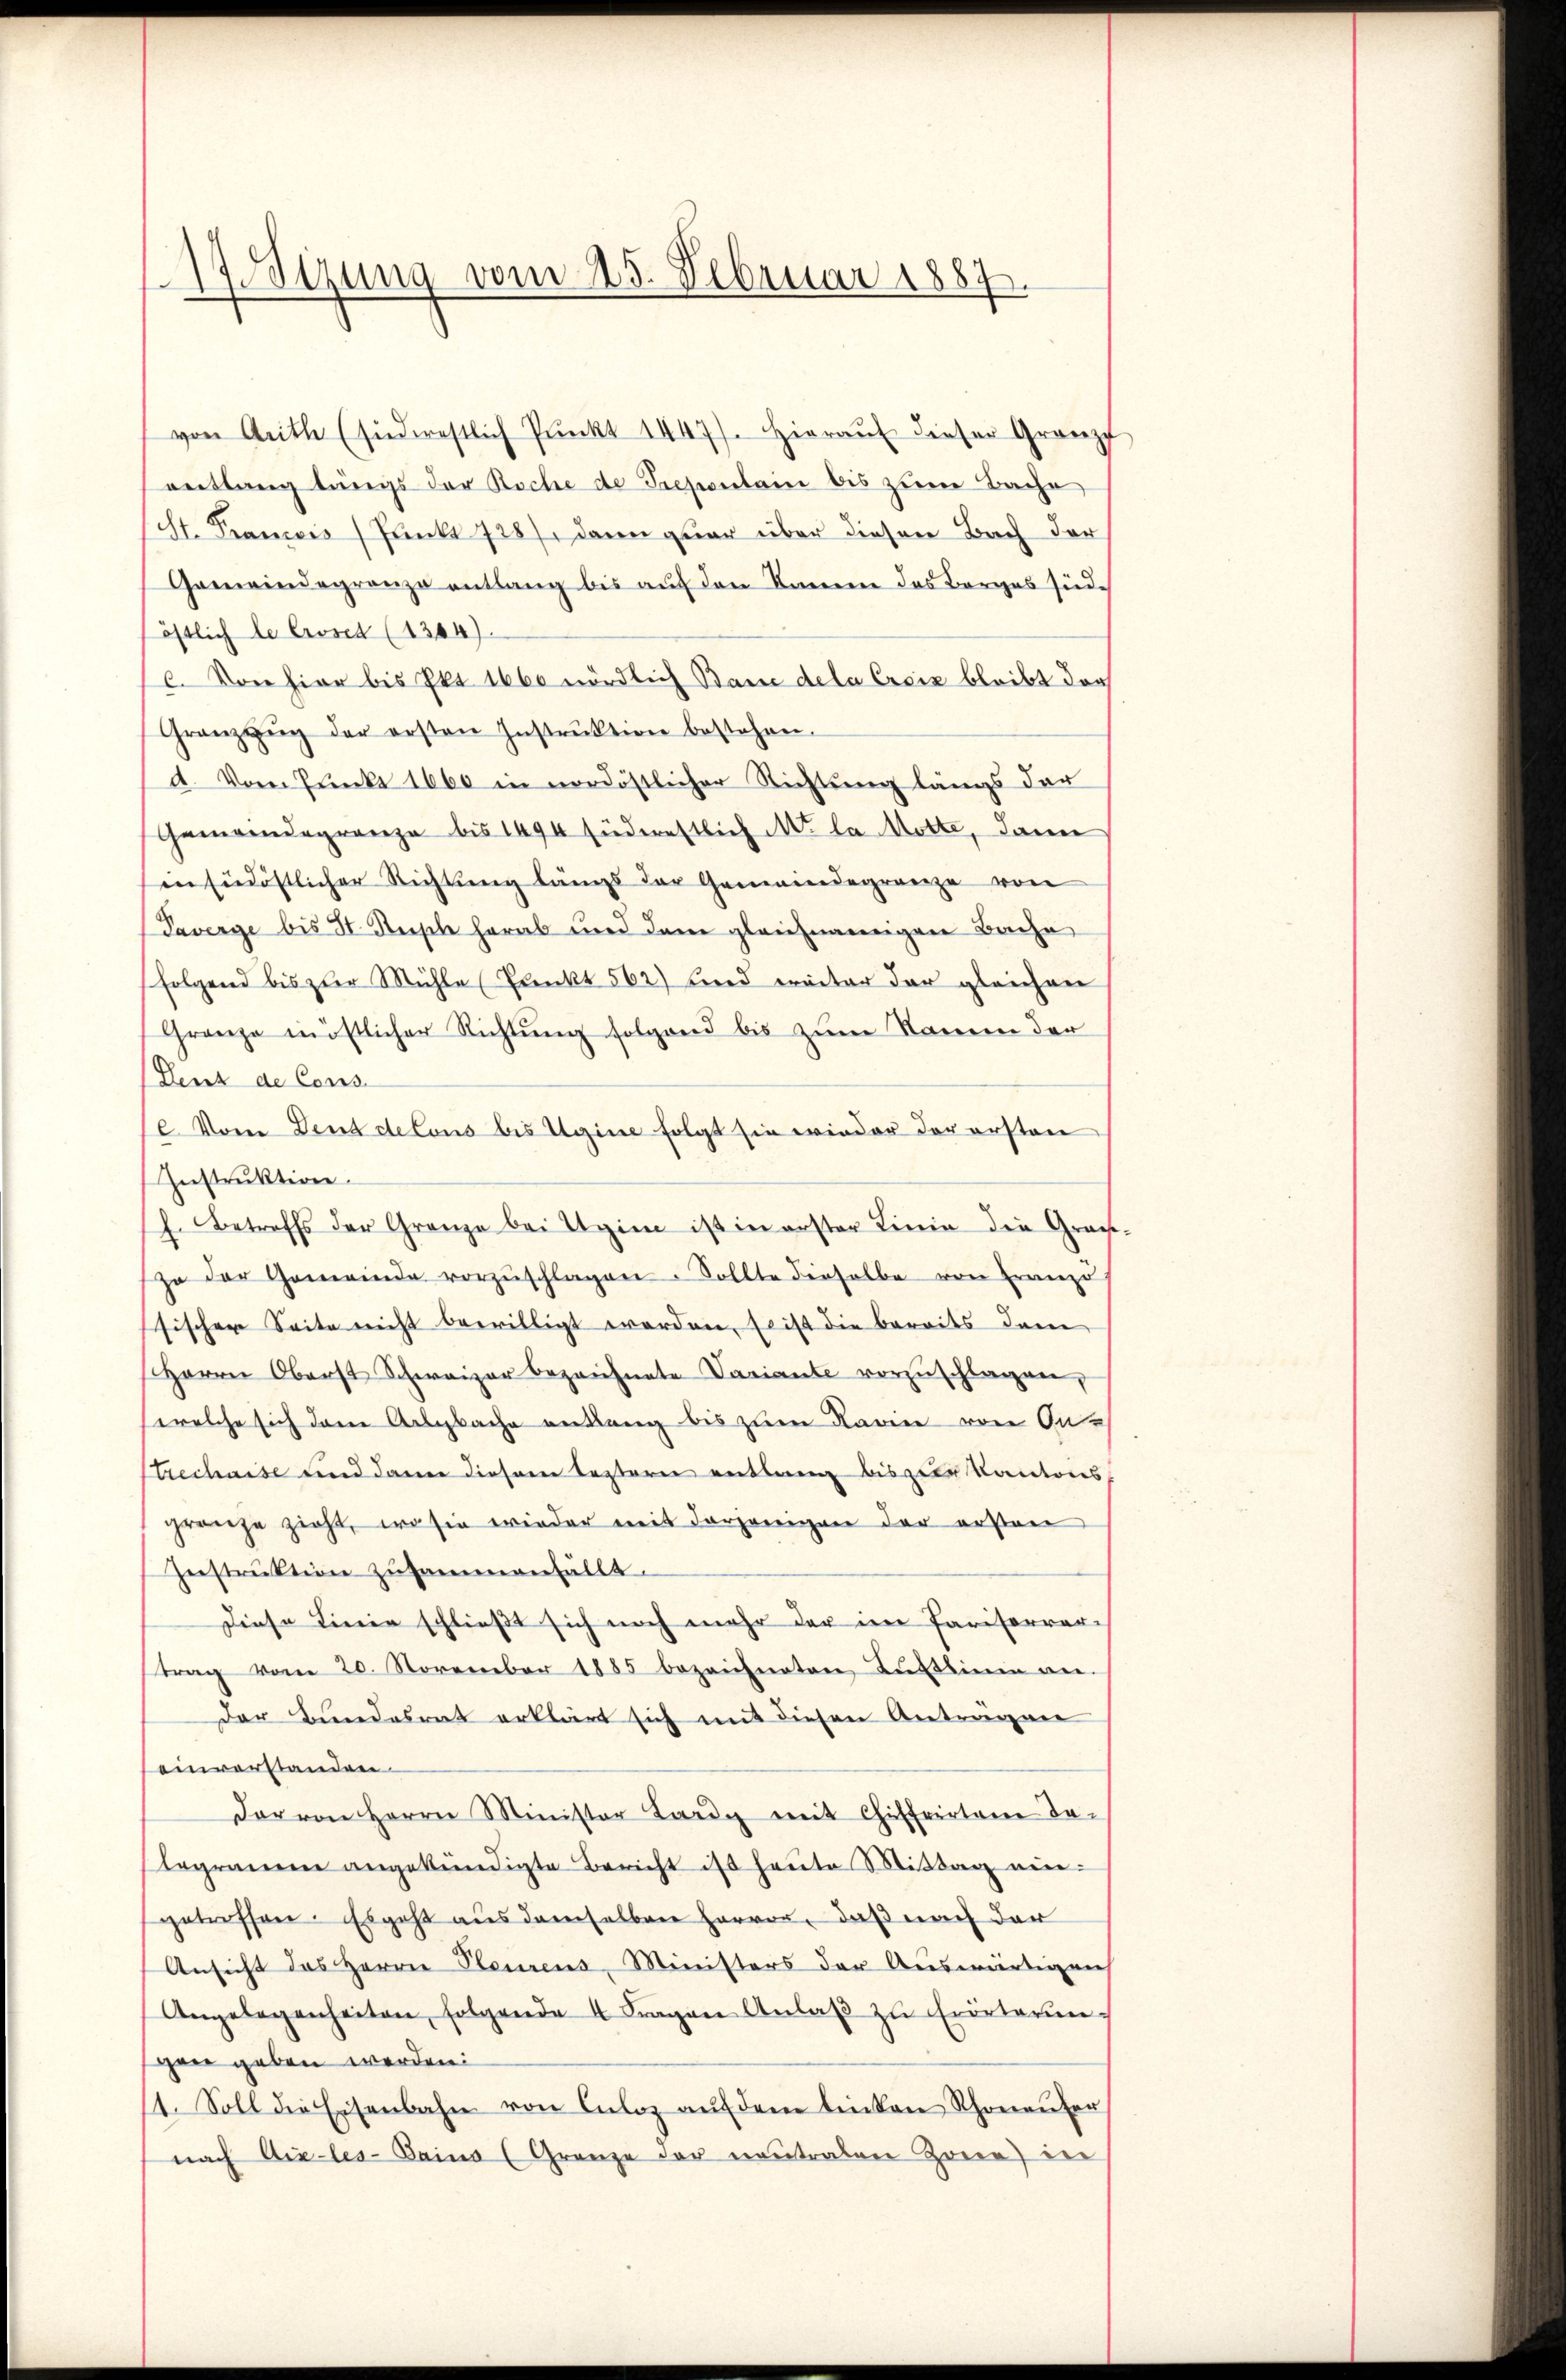
1Sizung vom 25. Februar 1887

von Arith (siederestlich Pŭnkt 1447). Hieraŭf dieser Granz
entlang längs der Roche de Trepontain bis zum Sache
scht. Francis (Junke 728), dann quar über diesen Bach der
Gemeindegrenze entlang bis auf den Namen des Borges südöstlich le Croset (1344).
c. Von hier bis Pkt. 1660 nördlich Baue dela Creiz bleibt doch
Gränz(...) der ersten Instrŭktion bestehen.
d. Von Punkt 1660 in nordöstlicher Richtŭng längs der
Gemeindegrenza bis 1494 südernstlich M. la Motte, dann
in südöstlicher Richtung längs der Gemeindegränze von
Taverge bis St. Steische herab und den gleichnamigen Bache
(folgend bis zur Mühle (Punkt 562) und weiter der gleichen
Granze möstlicher Richtung folgend bis zum Namen der
Dent de Cons
/2. Vom Denddelous bis Ugine folgt sie wieder der ersten
Instruktion.
h. Betreffs der Grenze bei Agien ist in erster Linie die Graf
zo der Gemeinde vorzŭschlagen. Sollte dieselbe von Französ
sischen Seite nicht bewilligt worden. Es ist die bereits dem
Herrn Oberst Schweizer bezeichnete Variante vorzŭschlagen,
welche sich den Arlgbache anklang bis zum Karie von Ontrechaise und dann diesem leztern entlang bis zur Kantons
grange zieht, wo sie wieder mit derjenigen der ersten
Instruktion zusammenfällt.
Diese Linie schließt sich noch mehr der im Pariserver-
trag vom 20. November 1885 bezeichneten Luftsinen an-
der Bŭndesrat erklärt sich mit diesen Anträgen
einverstanden.
dar von Herrn Minister Lardy mit Chiffertane da-
legramm angekündigte Bericht ist heŭte Mittag ni
getroffen. Es geht aus demselben hervor, daß nach der
Ansicht das Herrn Steurens-Ministers der Auswärtigen
Angelegenheiten, folgende 4 Fragen Anlaβ zŭ Erörterung
gan geben werden:
1. Soll die Eisenbahn von Culoz aŭf dem linken Rhoneŭfer
nach Aix-les-Saina (Grenze der neutralen Zone) in